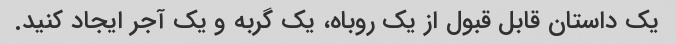
یک داستان قابل قبول از یک روباه، یک گربه و یک آجر ایجاد کنید.